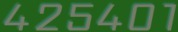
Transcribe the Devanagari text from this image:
४२५४०१